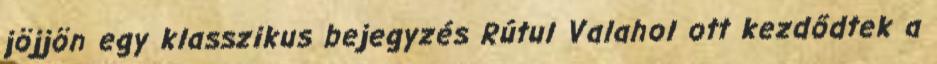
jöjjön egy klasszikus bejegyzés Rútul Valahol ott kezdődtek a